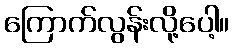
ကြောက်လွန်းလို့ပေါ့။